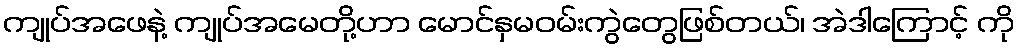
ကျုပ်အဖေနဲ့ ကျုပ်အမေတို့ဟာ မောင်နှမဝမ်းကွဲတွေဖြစ်တယ်၊ အဲဒါကြောင့် ကို